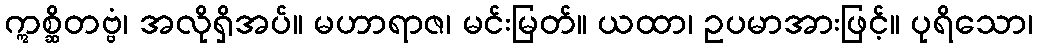
ဣစ္ဆိတဗ္ဗံ၊ အလိုရှိအပ်။ မဟာရာဇ၊ မင်းမြတ်။ ယထာ၊ ဥပမာအားဖြင့်။ ပုရိသော၊